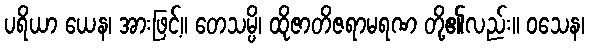
ပရိယာ ယေန၊ အားဖြင့်။ တေသမ္ပိ၊ ထိုဇာတိဇရာမရဏ တို့၏လည်း။ ဝသေန၊